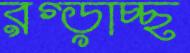
রগ্‌ড়াচ্ছ